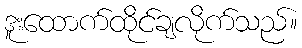
ဒူးထောက်ထိုင်ချလိုက်သည်။